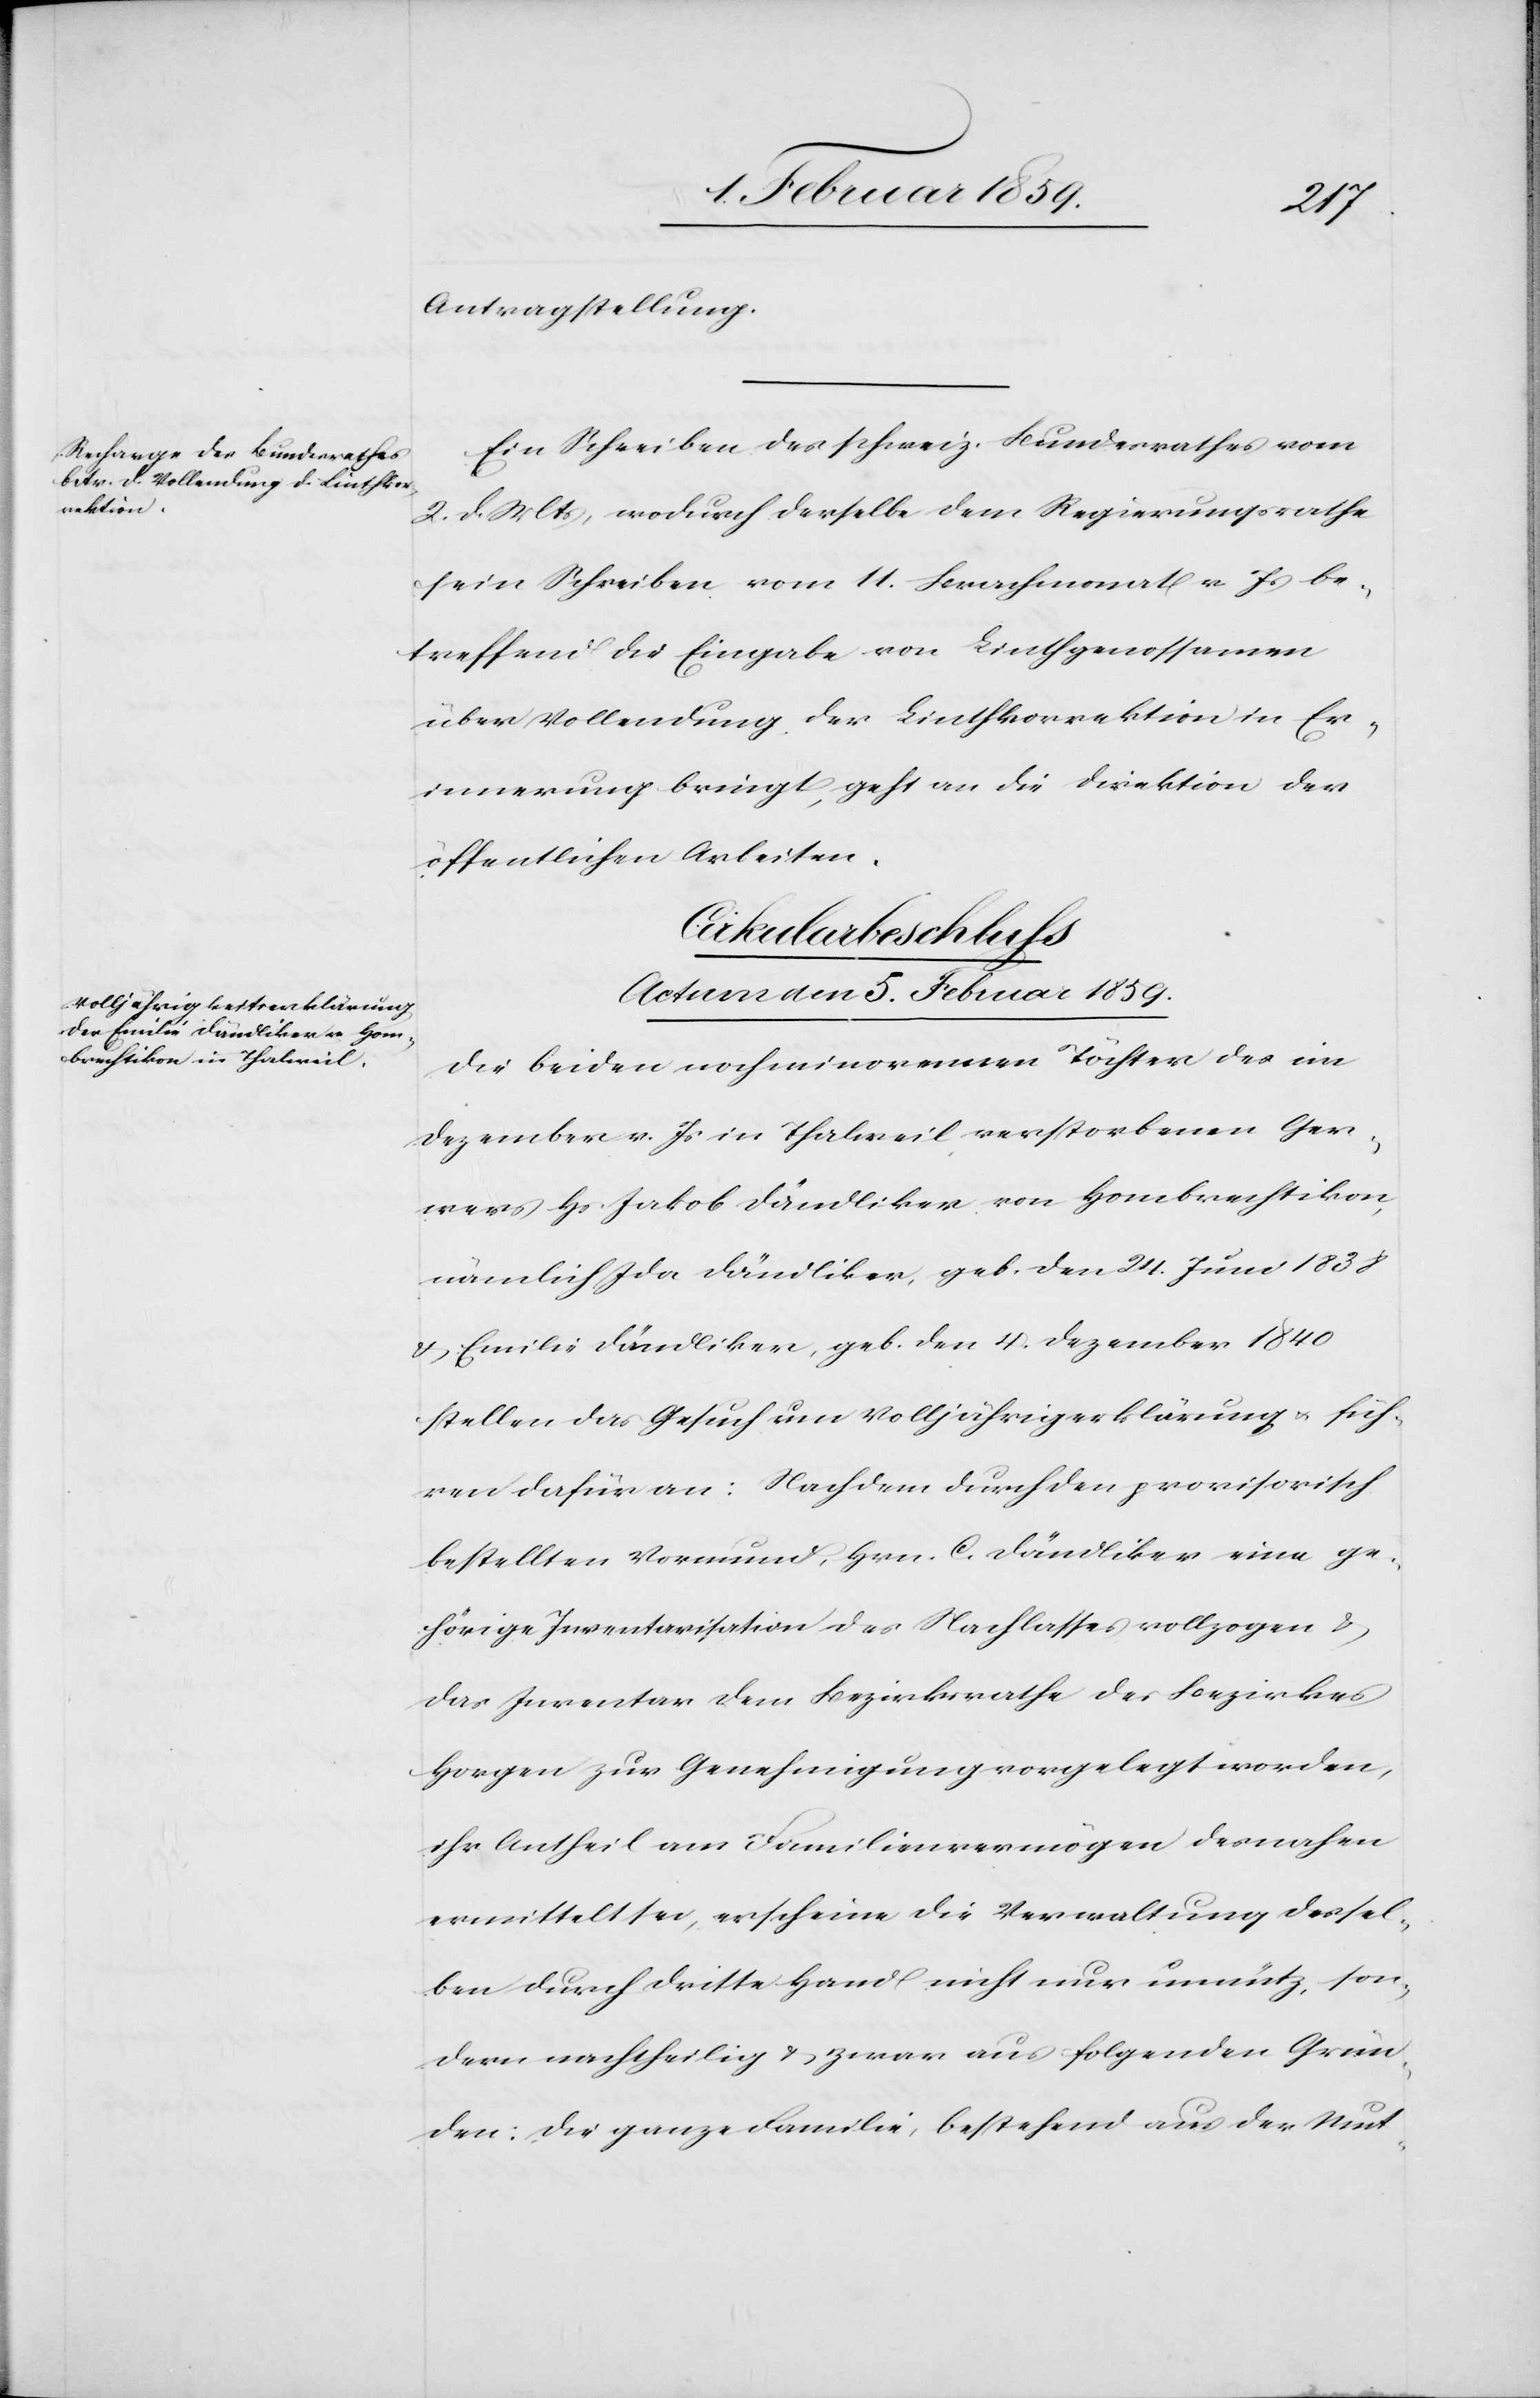
Antragstellung.
Ein Schreiben des schweiz. Bundesrathes vom
2. d. Mts, wodurch derselbe dem Regierungsrathe
sein Schreiben vom 11. Brachmonat v. Js be¬
treffend die Eingabe von Linthgenossamen
über Vollendung der Linthkorrektion in Er¬
innerung bringt, geht an die Direktion der
öffentlichen Arbeiten.
Cirkularbeschluss
Actum den 5. Februar 1859.
Die beiden noch minorennen Töchter des im
Dezember v. Js in Thalweil verstorbenen Ger¬
wers Hs. Jakob Dändliker von Hombrechtikon,
nämlich Ida Dändliker, geb. den 24. Juni 1838
& Emilie Dändliker, geb. den 4. Dezember 1840
stellen das Gesuch um Volljährigerklärung u. füh¬
ren dafür an: Nachdem durch den provisorisch
bestellten Vormund, Hrn. C. Dändliker eine ge¬
hörige Inventarisation des Nachlasses vollzogen &
das Inventar dem Bezirksrathe des Bezirkes
Horgen zur Genehmigung vorgelegt worden,
ihr Antheil am Familienvermögen desnahen
ermittelt sei, erscheine die Verwaltung dessel¬
ben durch dritte Hand nicht nur unnütz, son¬
dern nachtheilig & zwar aus folgenden Grün¬
den: die ganze Familie, bestehend aus der Mut-